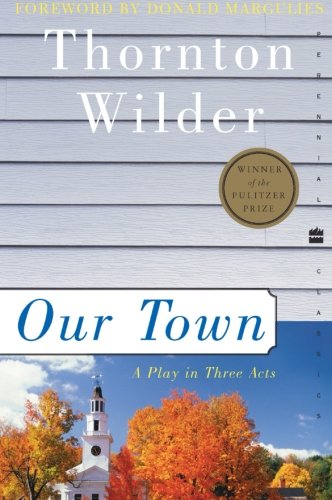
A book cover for Our Town: A Play in Three Acts (Perennial Classics); Thornton Wilder; Literature & Fiction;